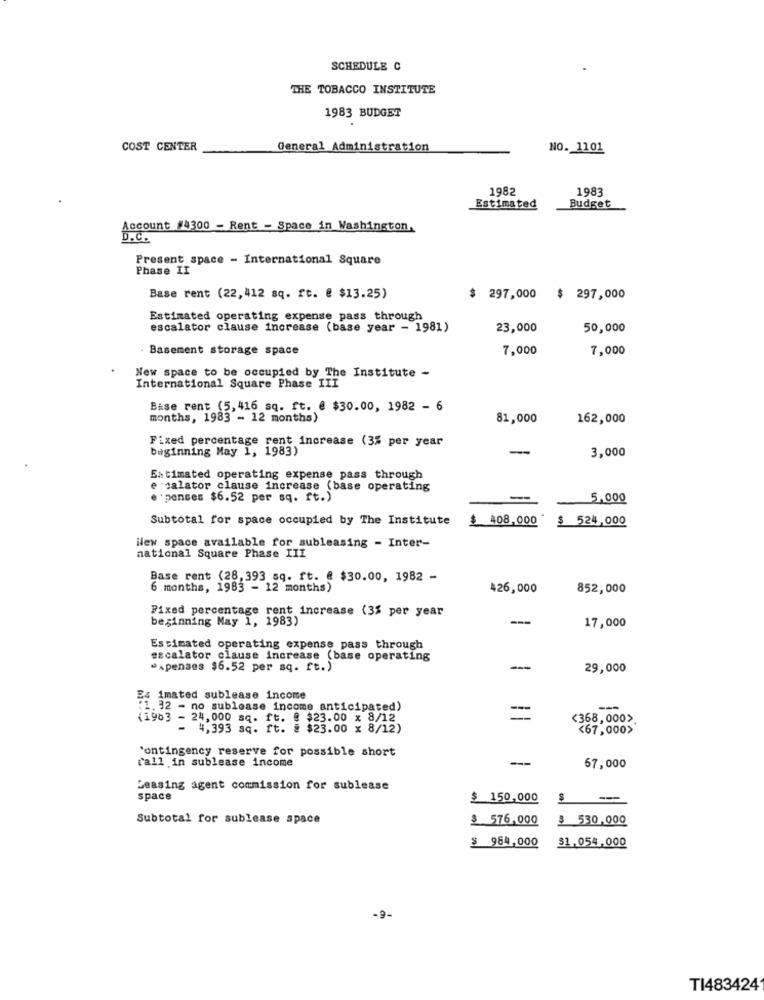
SCHEDULE C
THE TOBACCO INSTITUTE
1983 BUDGET
COST CENTER
General Administration
NO. 1101
1982
1983
Estimated
Budget
Account #4300 - Rent - Space in Washington.
D.C.
Present_space - International Square
Phase II
Base rent (22,412 sq. ft. @ $13.25)
$ 297,000
$ 297,000
Estimated operating expense pass through
escalator clause increase (base year - 1981)
23,000
50,000
. Basement storage space
7,000
7,000
New space to be occupied by The Institute -
International Square Phase III
Bise rent (5,416 sq. ft. @ $30.00, 1982 - 6
months, 1983 - 12 months)
81,000
162,000
Fixed percentage rent increase (3% per year
beginning May 1, 1983)
-
3,000
Estimated operating expense pass through
e salator clause increase (base operating
e 'penses $6.52 per sq. ft.)
5,000
Subtotal for space occupied by The Institute
$ 408,000*
$ 524,000
New space available for subleasing - Inter-
national Square Phase III
Base rent (28,393 sq. ft. @ $30.00, 1982 -
6 months, 1983 - 12 months)
426,000
852,000
Fixed percentage rent increase (3% per year
beginning May 1, 1983)
---
17,000
Estimated operating expense pass through
escalator clause increase (base operating
"Apenses $6.52 per sq. ft.)
---
29,000
B6 imated sublease income
(1. 32 - no sublease income anticipated)
(1983 - 24,000 sq. ft. @ $23.00 x 8/12
<368, 000>
- 4,393 sq. ft. § $23.00 x 8/12)
<67,000>
`ontingency reserve for possible short
--
rall in sublease income
67,000
Leasing agent commission for sublease
space
$ 150,000
Subtotal for sublease space
$ 576.000
$ 530,000
$ 964,000
$1,054,000
-9-
TI483424